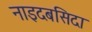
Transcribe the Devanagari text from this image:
नाइदबसिदा